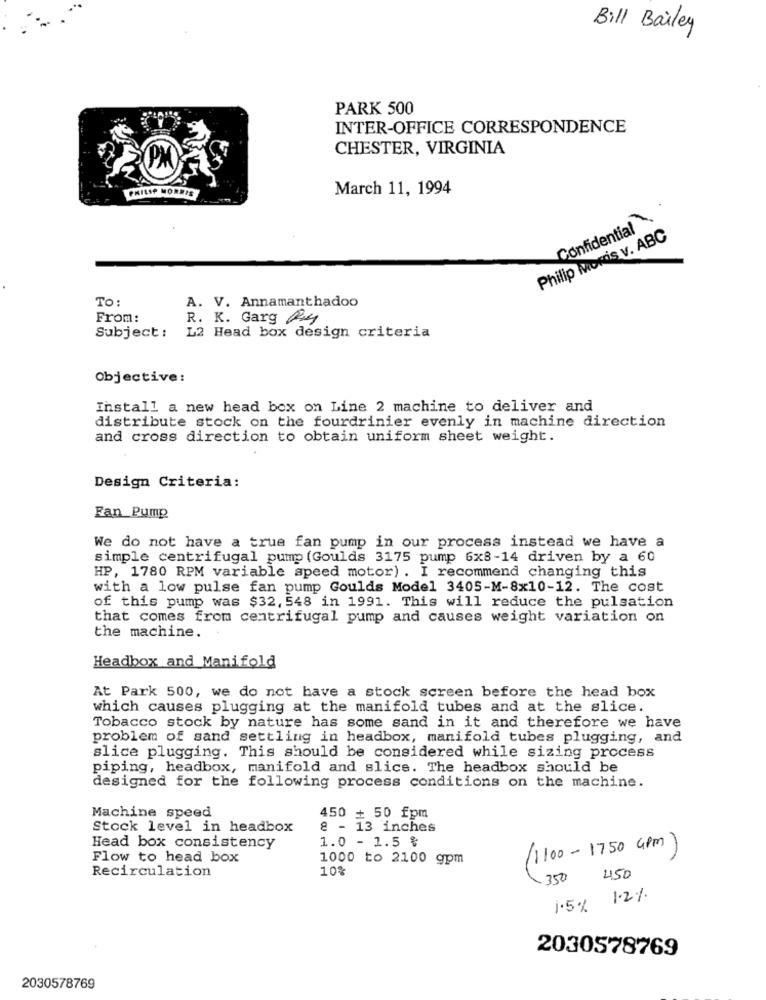
Bill Bailey
PARK 500
INTER-OFFICE CORRESPONDENCE
CHESTER, VIRGINIA
PHILIP MORRIS
March 11, 1994
Confidential .
Philip Morris v. ABC
To:
A. V. Annamanthadoo
From:
R. K. Garg Ry
Subject :
L2 Head box design criteria
Objective:
Install a new head box on Line 2 machine to deliver and
distribute stock on the fourdrinier evenly in machine direction
and cross direction to obtain uniform sheet weight.
Design Criteria:
Fan Pump
We do not have a true fan pump in our process instead we have a
simple centrifugal pump (Goulds 3175 pump 6x8-14 driven by a 60
HP, 1780 RPM variable speed motor) . I recommend changing this
with a low pulse fan pump Goulds Model 3405-M-8x10-12. The cost
of this pump was $32, 548 in 1991. This will reduce the pulsation
that comes from centrifugal pump and causes weight variation on
the machine.
Headbox and Manifold
At Park 500, we do not have a stock screen before the head box
which causes plugging at the manifold tubes and at the slice.
Tobacco stock by nature has some sand in it and therefore we have
problem of sand settling in headbox, manifold tubes plugging, and
slice plugging. This should be considered while sizing process
piping, headbox, manifold and slice. The headbox should be
designed for the following process conditions on the machine.
Machine speed
450 + 50 fpm
Stock level in headbox
8 - 13 inches
1.0 - 1.5 %
Head box consistency
(1100-1750 GPM)
Flow to head box
1000 to 2100 gpm
Recirculation
10%
350 450
1.5% 1.2%
2030578769
2030578769